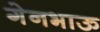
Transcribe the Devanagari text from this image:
गेनभाऊ